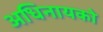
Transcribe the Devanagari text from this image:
अधिनायको